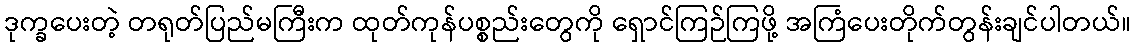
ဒုက္ခပေးတဲ့ တရုတ်ပြည်မကြီးက ထုတ်ကုန်ပစ္စည်းတွေကို ရှောင်ကြဉ်ကြဖို့ အကြံပေးတိုက်တွန်းချင်ပါတယ်။